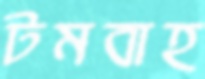
টমবাহ